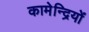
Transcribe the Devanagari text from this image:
कामेन्द्रियों